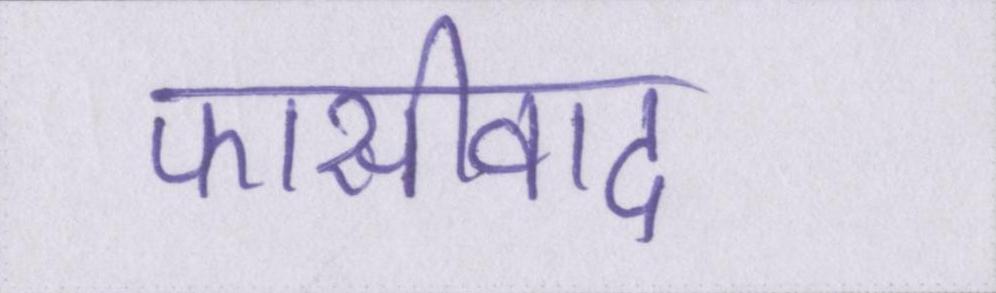
फासीवाद